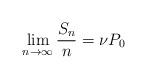
LaTeX: \begin{align*} \lim_{n\to\infty}\frac{S_n}{n}=\nu P_0 \end{align*}